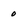
Character: 0